Civil Veterinary Department ledger series I-VI
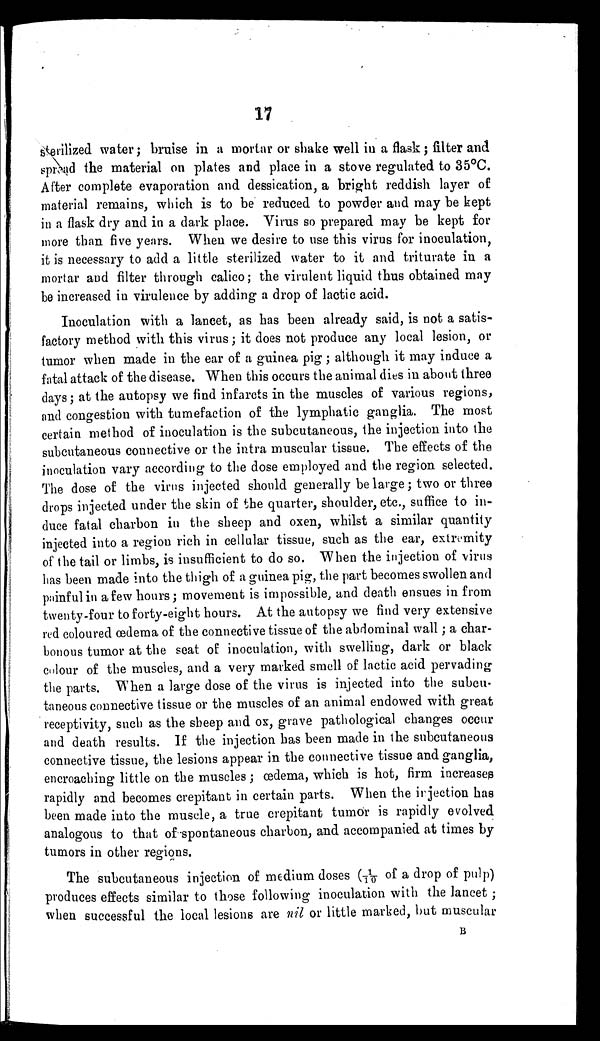
17
sterilized water; bruise in a mortar or shake well in a flask; filter and
spread the material on plates and place in a stove regulated to 35°C.
After complete evaporation and dessication, a bright reddish layer of
material remains, which is to be reduced to powder and may be kept
in a flask dry and in a dark place. Virus so prepared may be kept for
more than five years. When we desire to use this virus for inoculation,
it is necessary to add a little sterilized water to it and triturate in a
mortar and filter through calico; the virulent liquid thus obtained may
be increased in virulence by adding a drop of lactic acid.
Inoculation with a lancet, as has been already said, is not a satis-
factory method with this virus; it does not produce any local lesion, or
tumor when made in the ear of a guinea pig; although it may induce a
fatal attack of the disease. When this occurs the animal dies in about three
days; at the autopsy we find infarcts in the muscles of various regions,
and congestion with tumefaction of the lymphatic ganglia. The most
certain method of inoculation is the subcutaneous, the injection into the
subcutaneous connective or the intra muscular tissue. The effects of the
inoculation vary according to the dose employed and the region selected.
The dose of the virus injected should generally be large; two or three
drops injected under the skin of the quarter, shoulder, etc., suffice to in-
duce fatal charbon in the sheep and oxen, whilst a similar quantity
injected into a region rich in cellular tissue, such as the ear, extremity
of the tail or limbs, is insufficient to do so. When the injection of virus
has been made into the thigh of a guinea pig, the part becomes swollen and
painful in a few hours; movement is impossible, and death ensues in from
twenty-four to forty-eight hours. At the autopsy we find very extensive
red coloured œdema of the connective tissue of the abdominal wall; a char-
bonous tumor at the seat of inoculation, with swelling, dark or black
colour of the muscles, and a very marked smell of lactic acid pervading
the parts. When a large dose of the virus is injected into the subcu-
taneous connective tissue or the muscles of an animal endowed with great
receptivity, such as the sheep and ox, grave pathological changes occur
and death results. If the injection has been made in the subcutaneous
connective tissue, the lesions appear in the connective tissue and ganglia,
encroaching little on the muscles; œdema, which is hot, firm increases
rapidly and becomes crepitant in certain parts. When the injection has
been made into the muscle, a true crepitant tumor is rapidly evolved
analogous to that of spontaneous charbon, and accompanied at times by
tumors in other regions.
The subcutaneous injection of medium doses (1/10 of a drop of pulp)
produces effects similar to those following inoculation with the lancet;
when successful the local lesions are nil or little marked, but muscular
B